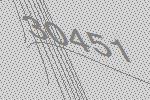
30451